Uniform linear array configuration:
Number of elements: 4
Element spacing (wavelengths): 1
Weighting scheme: hann
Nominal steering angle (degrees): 45
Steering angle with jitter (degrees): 44.126
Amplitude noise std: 0.05
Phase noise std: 0.05

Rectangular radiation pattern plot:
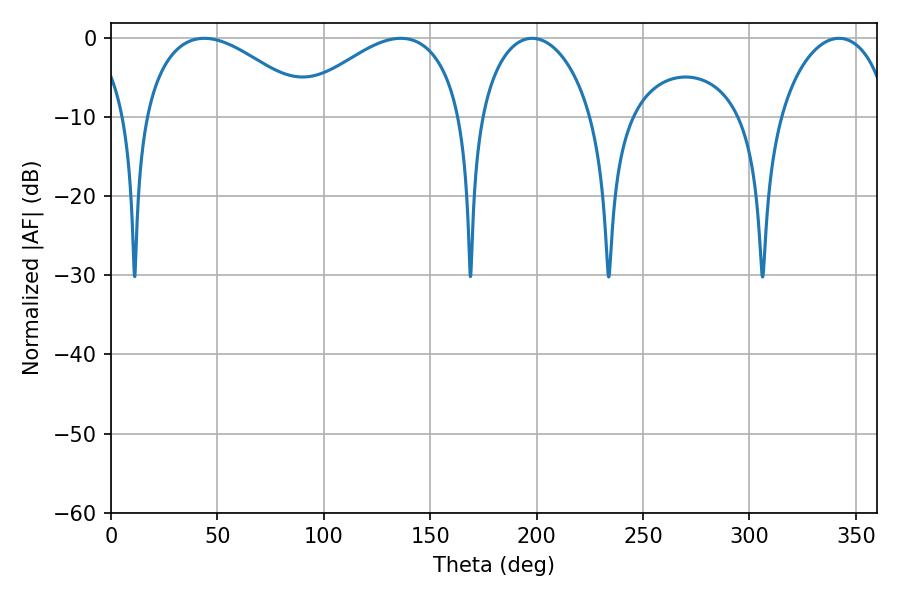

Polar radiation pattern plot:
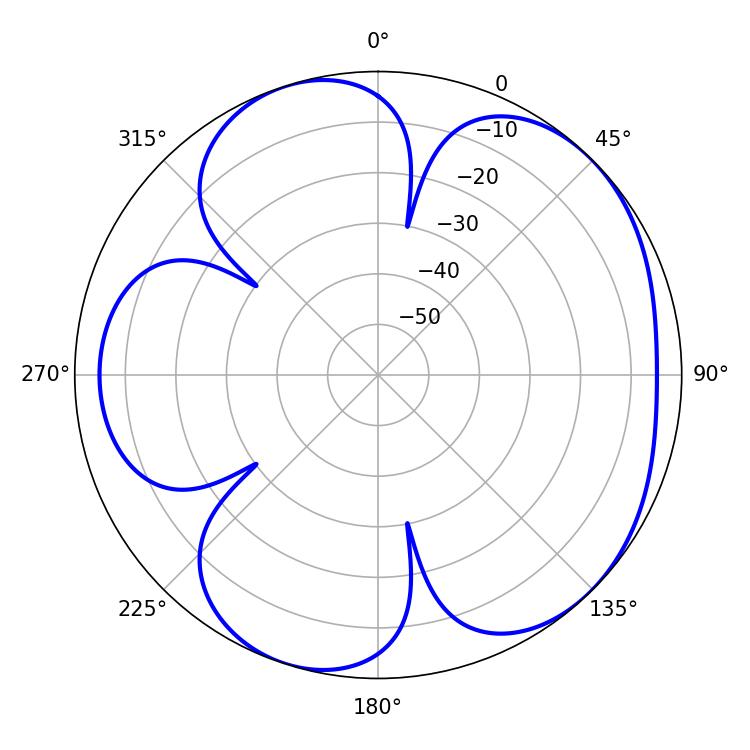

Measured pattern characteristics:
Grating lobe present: TRUE
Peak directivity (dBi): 5.062
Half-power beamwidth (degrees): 44.1
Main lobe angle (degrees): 43.74